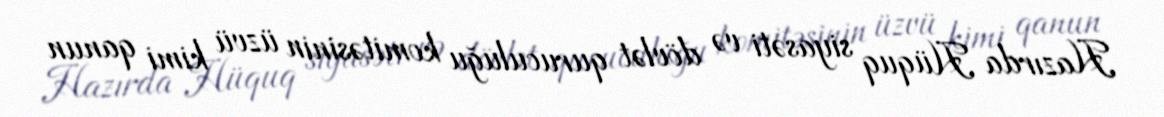
Hazırda Hüquq siyasəti və dövlət quruculuğu komitəsinin üzvü kimi qanun